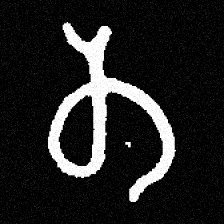
Pyu character \u2014 Myanmar letter: တ (romanized: ta)